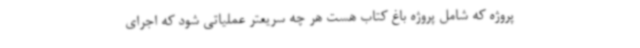
پروژه که شامل پروژه باغ کتاب هست هر چه سریعتر عملیاتی شود که اجرای